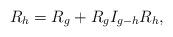
LaTeX: \begin{align*}R_h = R_g + R_g I_{g-h} R_h,\end{align*}